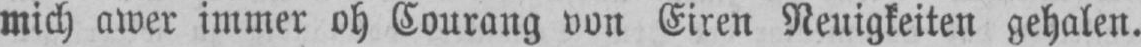
mich awer immer oh Courang von Eiren Neuigkeiten gehalen.